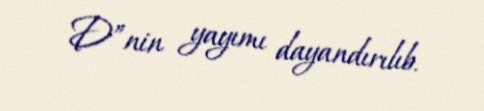
D”nin yayımı dayandırılıb.